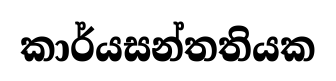
කාර්යසන්තතියක